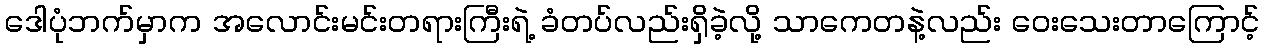
ဒေါပုံဘက်မှာက အလောင်းမင်းတရားကြီးရဲ့ ခံတပ်လည်းရှိခဲ့လို့ သာကေတနဲ့လည်း ဝေးသေးတာကြောင့်